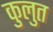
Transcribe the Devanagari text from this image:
कुलुत